Studies on the mouth parts a Comparative anatomy of the proboscis in the blood-sucking muscidae - Number 60
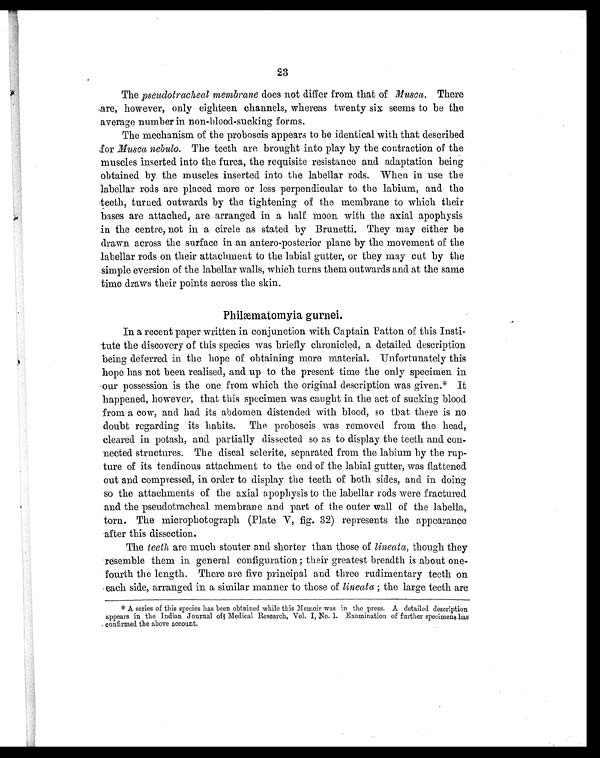
23
The pseudotracheal membrane does not differ from that of Musca. There
are, however, only eighteen channels, whereas twenty six seems to be the
average number in non-blood-sucking forms.
The mechanism of the proboscis appears to be identical with that described
for Musca nebulo. The teeth are brought into play by the contraction of the
muscles inserted into the furca, the requisite resistance and adaptation being
obtained by the muscles inserted into the labellar rods. When in use the
labellar rods are placed more or less perpendicular to the labium, and the
teeth, turned outwards by the tightening of the membrane to which their
bases are attached, are arranged in a half moon with the axial apophysis
in the centre, not in a circle as stated by Brunetti. They may either be
drawn across the surface in an antero-posterior plane by the movement of the
labellar rods on their attachment to the labial gutter, or they may cut by the
simple eversion of the labellar walls, which turns them outwards and at the same
time draws their points across the skin.
Philæmatomyia gurnei.
In a recent paper written in conjunction with Captain Patton of this Insti-
tute the discovery of this species was briefly chronicled, a detailed description
being deferred in the hope of obtaining more material. Unfortunately this
hope has not been realised, and up to the present time the only specimen in
our possession is the one from which the original description was given.* It
happened, however, that this specimen was caught in the act of sucking blood
from a cow, and had its abdomen distended with blood, so that there is no
doubt regarding its habits. The proboscis was removed from the head,
cleared in potash, and partially dissected so as to display the teeth and con-
nected structures. The discal sclerite, separated from the labium by the rup-
ture of its tendinous attachment to the end of the labial gutter, was flattened
out and compressed, in order to display the teeth of both sides, and in doing
so the attachments of the axial apophysis to the labellar rods were fractured
and the pseudotracheal membrane and part of the outer wall of the labella,
torn. The microphotograph (Plate V, fig. 32) represents the appearance
after this dissection.
The teeth are much stouter and shorter than those of lineata, though they
resemble them in general configuration; their greatest breadth is about one-
fourth the length. There are five principal and three rudimentary teeth on
each side, arranged in a similar manner to those of lineata; the large teeth are
* A series of this species has been obtained while this Memoir was in the press. A detailed description
appears in the Indian Journal of Medical Research, Vol. I, No. 1. Examination of farther specimens has
confirmed the above account.